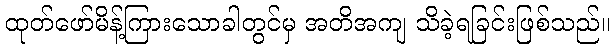
ထုတ်ဖော်မိန့်ကြားသောခါတွင်မှ အတိအကျ သိခဲ့ရခြင်းဖြစ်သည်။